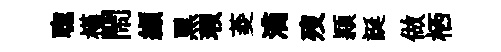
聦槿閙纈黒瑕菱滴歿頴誕做栖